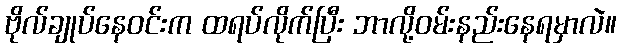
ဗိုလ်ချုပ်နေဝင်းက ထရပ်လိုက်ပြီး ဘာလို့ဝမ်းနည်းနေရမှာလဲ။